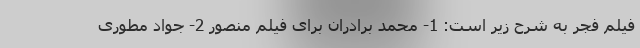
فیلم فجر به شرح زیر است: 1- محمد برادران برای فیلم منصور 2- جواد مطوری